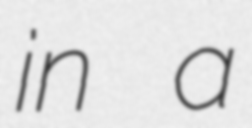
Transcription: in a